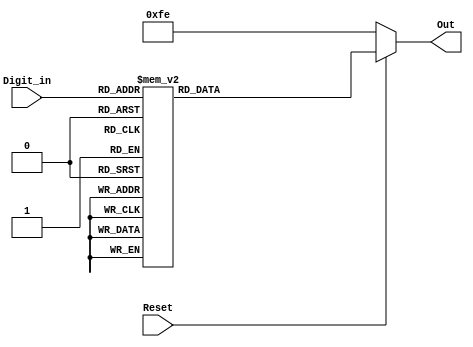
`timescale 1ns / 1ps
//////////////////////////////////////////////////////////////////////////////////
// Company: 
// Engineer: 
// 
// Design Name: 
// Module Name: Seg_Led
// Project Name: 
// Target Devices: 
// Tool Versions: 
// Description: 
// 
// Dependencies: 
// 
// Revision:
// Revision 0.01 - File Created
// Additional Comments:
// 
//////////////////////////////////////////////////////////////////////////////////


module Seg_Led(
input Reset,
input [3:0]Digit_in,
output reg[7:0]Out
 );
 always@(Digit_in or Reset)
    begin
    if(Reset == 0) Out = 8'b11111110;
    else begin
     case(Digit_in)
                     4'b0000:	 Out=	8'b00000011;	//0
                     4'b0001:    Out=    8'b10011111;    //1
                     4'b0010:    Out=    8'b00100101;    //2
                     4'b0011:    Out=    8'b00001101;    //3
                     4'b0100:    Out=    8'b10011001;    //4
                     4'b0101:    Out=    8'b01001001;    //5
                     4'b0110:    Out=    8'b01000001;    //6
                     4'b0111:    Out=    8'b00011111;    //7
                     4'b1000:    Out=    8'b00000001;    //8
                     4'b1001:    Out=    8'b00001001;    //9
                     4'b1010:    Out=    8'b00010001;    //A
                     4'b1011:    Out=    8'b11000001;    //B
                     4'b1100:    Out=    8'b01100011;    //C
                     4'b1101:    Out=    8'b10000101;    //D
                     4'b1110:    Out=    8'b01100001;    //E
                     4'b1111:    Out=    8'b01110001;    //F
                     default:    Out=    8'b00000000;    
      endcase
    end
   end
 
endmodule